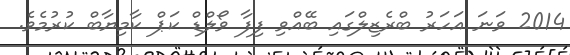
2014 ވަނަ އަހަރު ބްރެޒިލްގައި ބޭއްވި ފިފާ ވޯލްޑް ކަޕް ކާމިޔާބް ކުރުމެވެ.